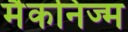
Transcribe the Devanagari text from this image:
मैकनिज्म